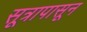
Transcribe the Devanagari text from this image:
सूत्रापासून